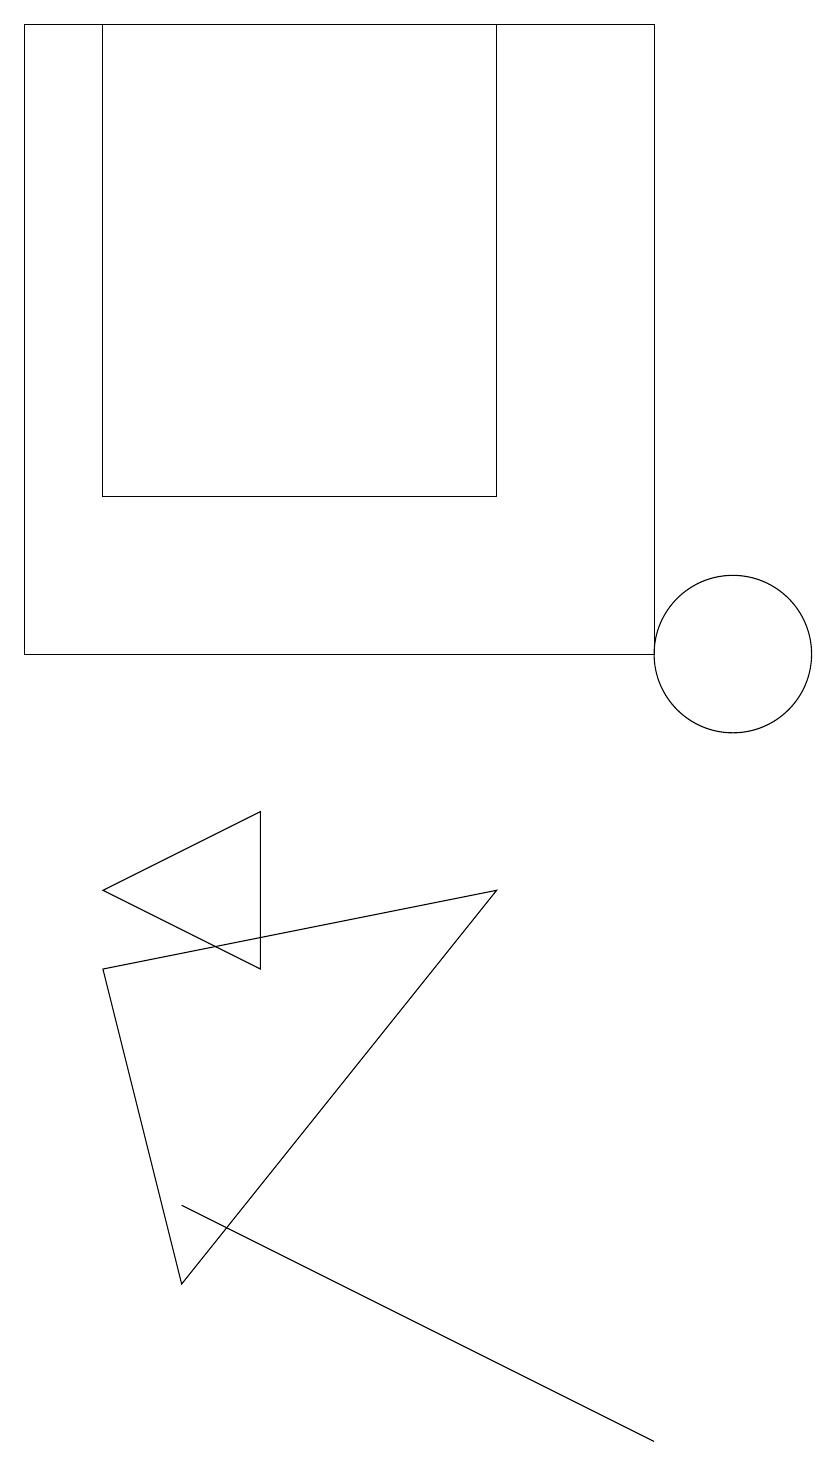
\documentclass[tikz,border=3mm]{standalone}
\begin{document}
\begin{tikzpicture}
\draw (9,1) -- (3,4) -- (5,3) -- cycle;
\draw (10,11) circle (1);
\draw (4,9) -- (2,8) -- (4,7) -- cycle;
\draw (2,19) rectangle (7,13);
\draw (1,11) rectangle (9,19);
\draw (3,3) -- (7,8) -- (2,7) -- cycle;
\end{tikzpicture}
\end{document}